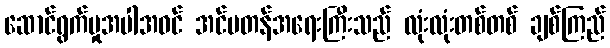
ဆောင်ရွက်မှုအပါအဝင် အင်မတန်အရေးကြီးသည် လုံးလုံးတစ်တစ် ချစ်ကြည်